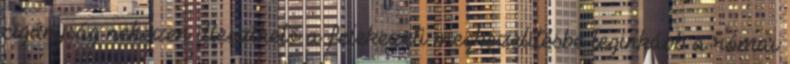
cigányság nehezen illeszthető a felekezeti megközelítésbe leginkább a római